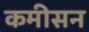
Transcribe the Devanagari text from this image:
कमीसन